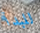
للبدأ